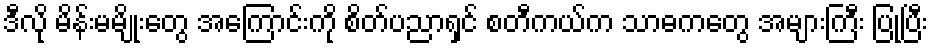
ဒီလို မိန်းမမျိုးတွေ အကြောင်းကို စိတ်ပညာရှင် စတီကယ်က သာဓကတွေ အများကြီး ပြုပြီး